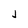
Character: J